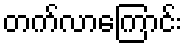
တက်လာကြောင်း